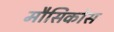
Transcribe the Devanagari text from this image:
मौसिकोस